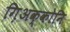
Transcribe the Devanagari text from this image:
ग़िअक्कोनि